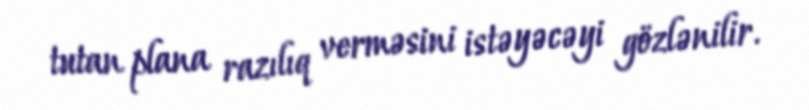
tutan plana razılıq verməsini istəyəcəyi gözlənilir.